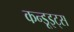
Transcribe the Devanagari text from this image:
कन्डूइट्स